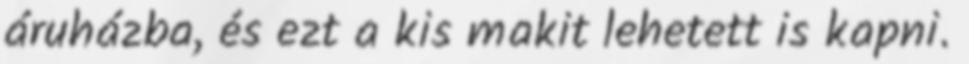
áruházba, és ezt a kis makit lehetett is kapni.